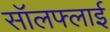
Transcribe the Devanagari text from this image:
सॉलफ्लाई